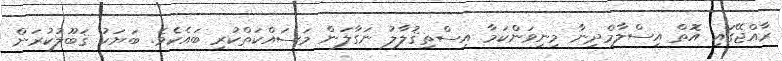
ރާއްޖޭގައި އޮތް އިސްލާމްދިނާ މިނިވަންކަމާ އިސްތިޤުލާލު ނަގާލަން މަސައްކަތްކުރި ބައެކެވެ. ބަޔަކު ޤަބޫލުކުރަން